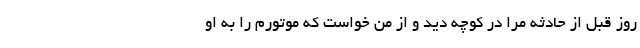
روز قبل از حادثه مرا در کوچه دید و از من خواست که موتورم را به او